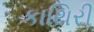
કાથિરી